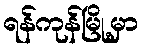
ရန်ကုန်မြို့မှာ